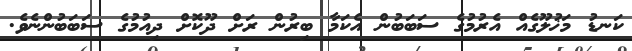
ކަނޑު މަޚުލޫގެއް އެރުމުގެ ސަބަބުން އެކަމާ ބިރުން ރަށް ދޫކޮށް ދިއުމުގެ ސަބަބުންނެވެ.